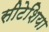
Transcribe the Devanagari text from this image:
सीटेशिया